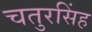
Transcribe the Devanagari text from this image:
चतुरसिंह